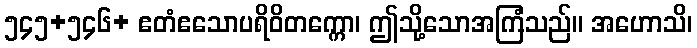
၅၄၅+၅၄၆+ ဧတံဧသောပရိဝိတက္ကော၊ ဤသို့သောအကြံသည်။ အဟောသိ၊